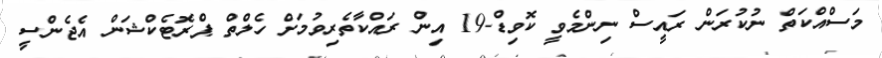
މަސްއްކަތް ނުކުރަން ރައީސް ނިންމެވީ ކޮވިޑް-19 އިން ރައްކާތެރިވުމަށް ހެލްތް ޕްރޮޓެކްޝަން އެޖެންސީ